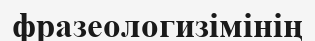
фразеологизімінің